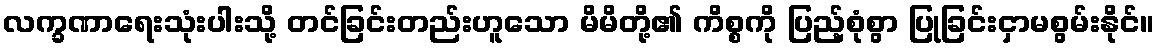
လက္ခဏာရေးသုံးပါးသို့ တင်ခြင်းတည်းဟူသော မိမိတို့၏ ကိစ္စကို ပြည့်စုံစွာ ပြုခြင်းငှာမစွမ်းနိုင်။